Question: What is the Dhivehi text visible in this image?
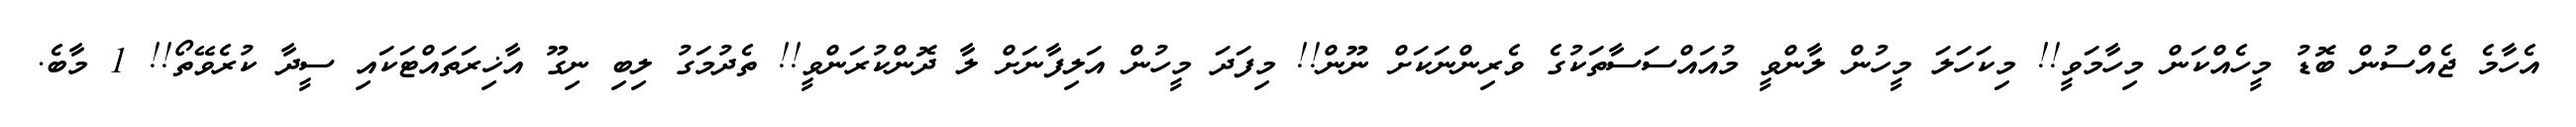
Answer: އެހާމެ ޖެއްސުން ބޮޑު މީހެއްކަން މިހާމަވީ!! މިކަހަލަ މީހުން ލާންވީ މުއައްސަސާތަކުގެ ވެރިންނަކަށް ނޫން!! މިފަދަ މީހުން އަލިފާނަށް ލާ ދޮންކުރަންވީ!! ތެދުމަގު ލިބި ނިގޫ އާޚިރަތައްޓަކައި ސީދާ ކުރެވޭތޯ!! 1 މާބެ.